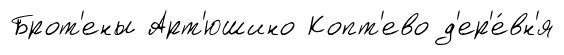
Брот'ены Арт'юшино Копт'ево д'ер'е́вн'я